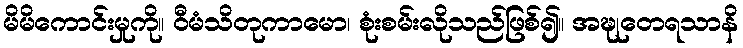
မိမိကောင်းမှုကို။ ဝီမံသိတုကာမော၊ စုံးစမ်းလိုသည်ဖြစ်၍။ အဍ္ဎုတေရသာနိ